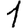
Digit: 1